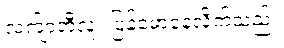
လက်ျာဘီလူး ပြန်မော့နေလိုက်သည်။